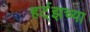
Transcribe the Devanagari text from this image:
हर्ट्‌झच्या